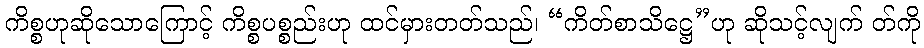
ကိစ္စဟုဆိုသောကြောင့် ကိစ္စပစ္စည်းဟု ထင်မှားတတ်သည်၊ “ကိတ်စာသိဋ္ဌေ”ဟု ဆိုသင့်လျက် တ်ကို